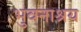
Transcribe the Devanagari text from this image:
भुवनाश्रय